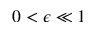
0 < \epsilon \ll 1